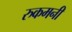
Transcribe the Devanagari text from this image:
रुकमनी